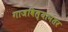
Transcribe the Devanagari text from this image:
गाजविल्यानंतर